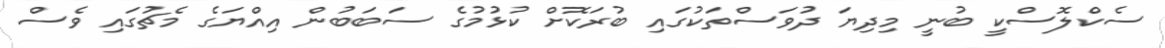
ސެކްލޮސްކީ ބުނީ މިދިޔަ ދުވަސްތަކުގައި ބުރަކޮށް ކުޅުމުގެ ސަބަބުން އިއްޔަގެ މެޗުގައި ވެސް